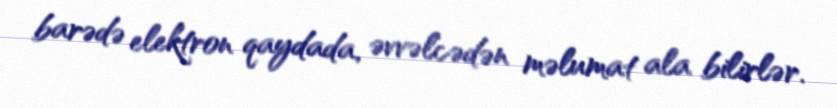
barədə elektron qaydada, əvvəlcədən məlumat ala bilirlər.